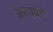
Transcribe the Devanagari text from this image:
अरण्यमें